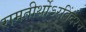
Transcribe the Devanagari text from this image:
रामतीर्थोऽरविंदश्च